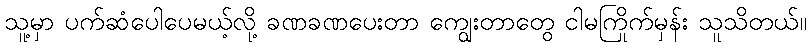
သူ့မှာ ပက်ဆံပေါပေမယ့်လို့ ခဏခဏပေးတာ ကျွေးတာတွေ ငါမကြိုက်မှန်း သူသိတယ်။